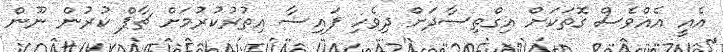
އެއީ އެއްވެސް ގޮތަކަށް އިގްތިސާދަށް ދިވެހި ފައިސާ އިތުރުކުރުމަށް ޗާޕް ކުރުން ނޫން